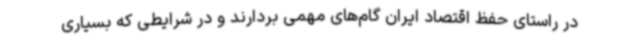
در راستای حفظ اقتصاد ایران گام‌های مهمی بردارند و در شرایطی که بسیاری